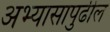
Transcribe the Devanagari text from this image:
अभ्यासापुढील